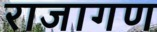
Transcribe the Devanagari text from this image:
राजागण